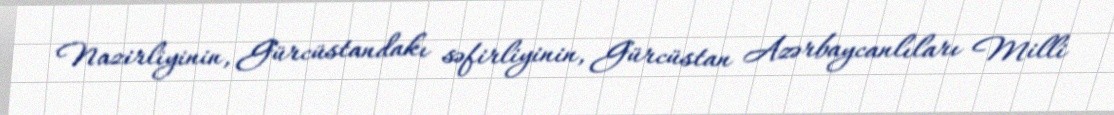
Nazirliyinin, Gürcüstandakı səfirliyinin, Gürcüstan Azərbaycanlıları Milli